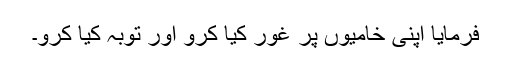
فرمایا اپنی خامیوں پر غور کیا کرو اور توبہ کیا کرو۔